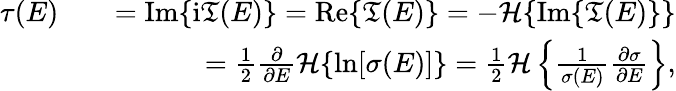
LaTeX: \begin{array}{rlr}{\tau(E)}&{}&{=\mathrm{Im}\{ \mathrm{i}\mathfrak{T}(E)\} =\mathrm{Re}\{ \mathfrak{T}(E)\} =-\mathcal{H}\{ \mathrm{Im}\{ \mathfrak{T}(E)\} \} }\\ &{}&{=\frac{1}{2}\frac{\partial}{\partial E}\mathcal{H}\{ \ln[\sigma(E)]\} =\frac{1}{2}\mathcal{H}\left\{ \frac{1}{\sigma(E)}\frac{\partial\sigma}{\partial E}\right\} ,}\end{array}